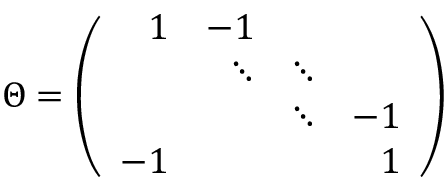
\Theta = \left( \begin{array} { r r r r } { { 1 } } & { { - 1 } } & { { } } & { { } } \\ { { } } & { { \ddots } } & { { \ddots } } & { { } } \\ { { } } & { { } } & { { \ddots } } & { { - 1 } } \\ { { - 1 } } & { { } } & { { } } & { { 1 } } \end{array} \right)